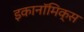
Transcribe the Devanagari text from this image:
इकानॉमिक्स